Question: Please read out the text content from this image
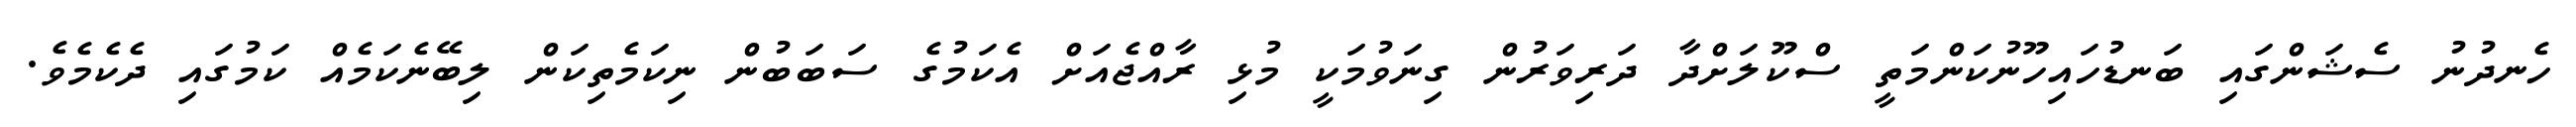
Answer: ހެނދުނު ސެޝަންގައި ބަނޑުހައިހޫނުކަންމަތީ ސްކޫލަށްދާ ދަރިވަރުން ގިނަވުމަކީ މުޅި ރާއްޖެއަށް އެކަމުގެ ސަބަބުން ނިކަމެތިކަން ލިބޭނެކަމެއް ކަމުގައި ދެކެމެވެ.